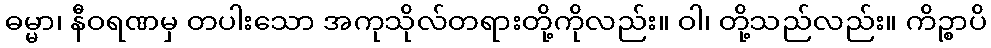
ဓမ္မာ၊ နီဝရဏမှ တပါးသော အကုသိုလ်တရားတို့ကိုလည်း။ ဝါ၊ တို့သည်လည်း။ ကိဉ္စာပိ